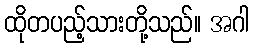
ထိုတပည့်သားတို့သည်။ အဂါ